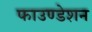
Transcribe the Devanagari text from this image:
फाउण्‍डेशन